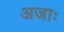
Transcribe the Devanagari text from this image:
अजाः